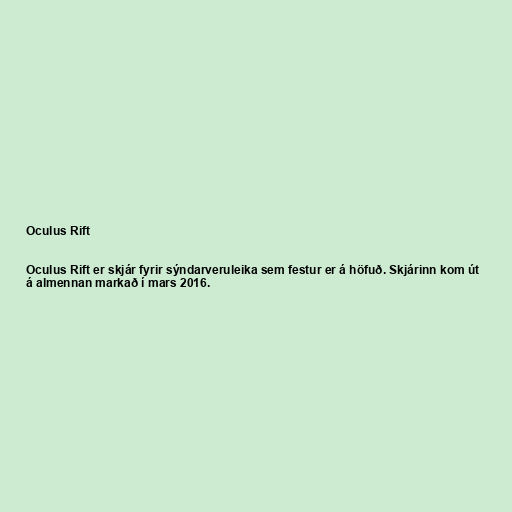
Oculus Rift

Oculus Rift er skjár fyrir sýndarveruleika sem festur er á höfuð. Skjárinn kom út
á almennan markað í mars 2016.